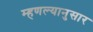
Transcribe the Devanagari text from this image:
म्हणल्यानुसार